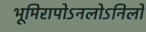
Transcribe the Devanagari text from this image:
भूमिरापोऽनलोऽनिलो